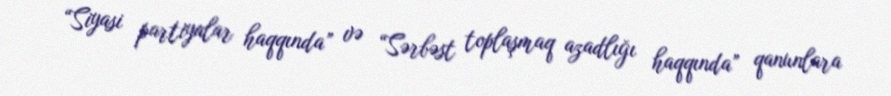
“Siyasi partiyalar haqqında” və “Sərbəst toplaşmaq azadlığı haqqında” qanunlara